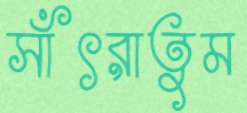
সাঁৎরাতুম